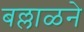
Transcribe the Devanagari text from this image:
बल्लाळने